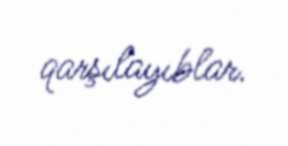
qarşılayıblar.